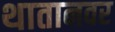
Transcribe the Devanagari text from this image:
थातानवर